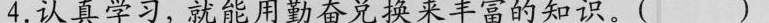
4.认真学习，就能用勤奋兑换来丰富的知识。( )